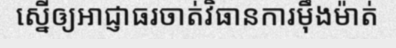
ស្នើឲ្យអាជ្ញាធរចាត់វិធានការម៉ឹងម៉ាត់